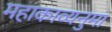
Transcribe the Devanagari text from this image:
महाकाव्यनुमा